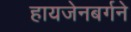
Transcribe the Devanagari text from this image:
हायजेनबर्गने